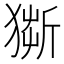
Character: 𤠥